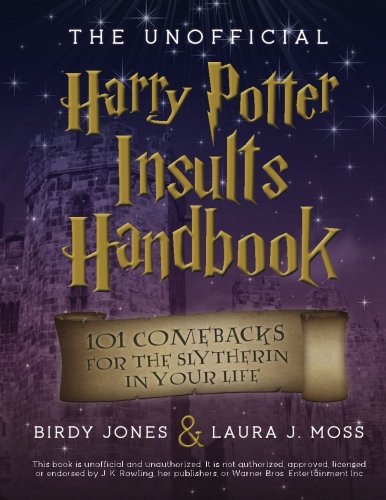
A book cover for The Unofficial Harry Potter Insults Handbook: 101 Comebacks For The Slytherin In Your Life; Birdy Jones; Humor & Entertainment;